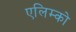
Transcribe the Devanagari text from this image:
एलिम्को